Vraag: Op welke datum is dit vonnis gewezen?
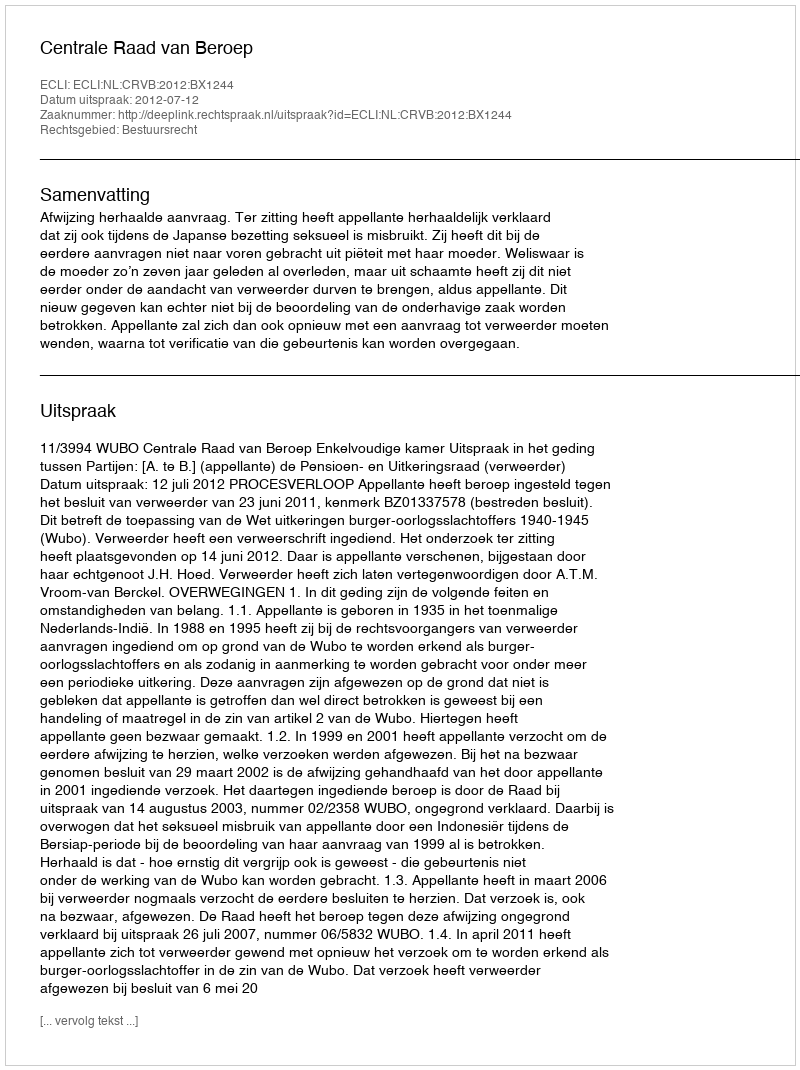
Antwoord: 2012-07-12